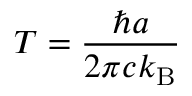
T = { \frac { \hbar a } { 2 \pi c k _ { \mathrm { B } } } }